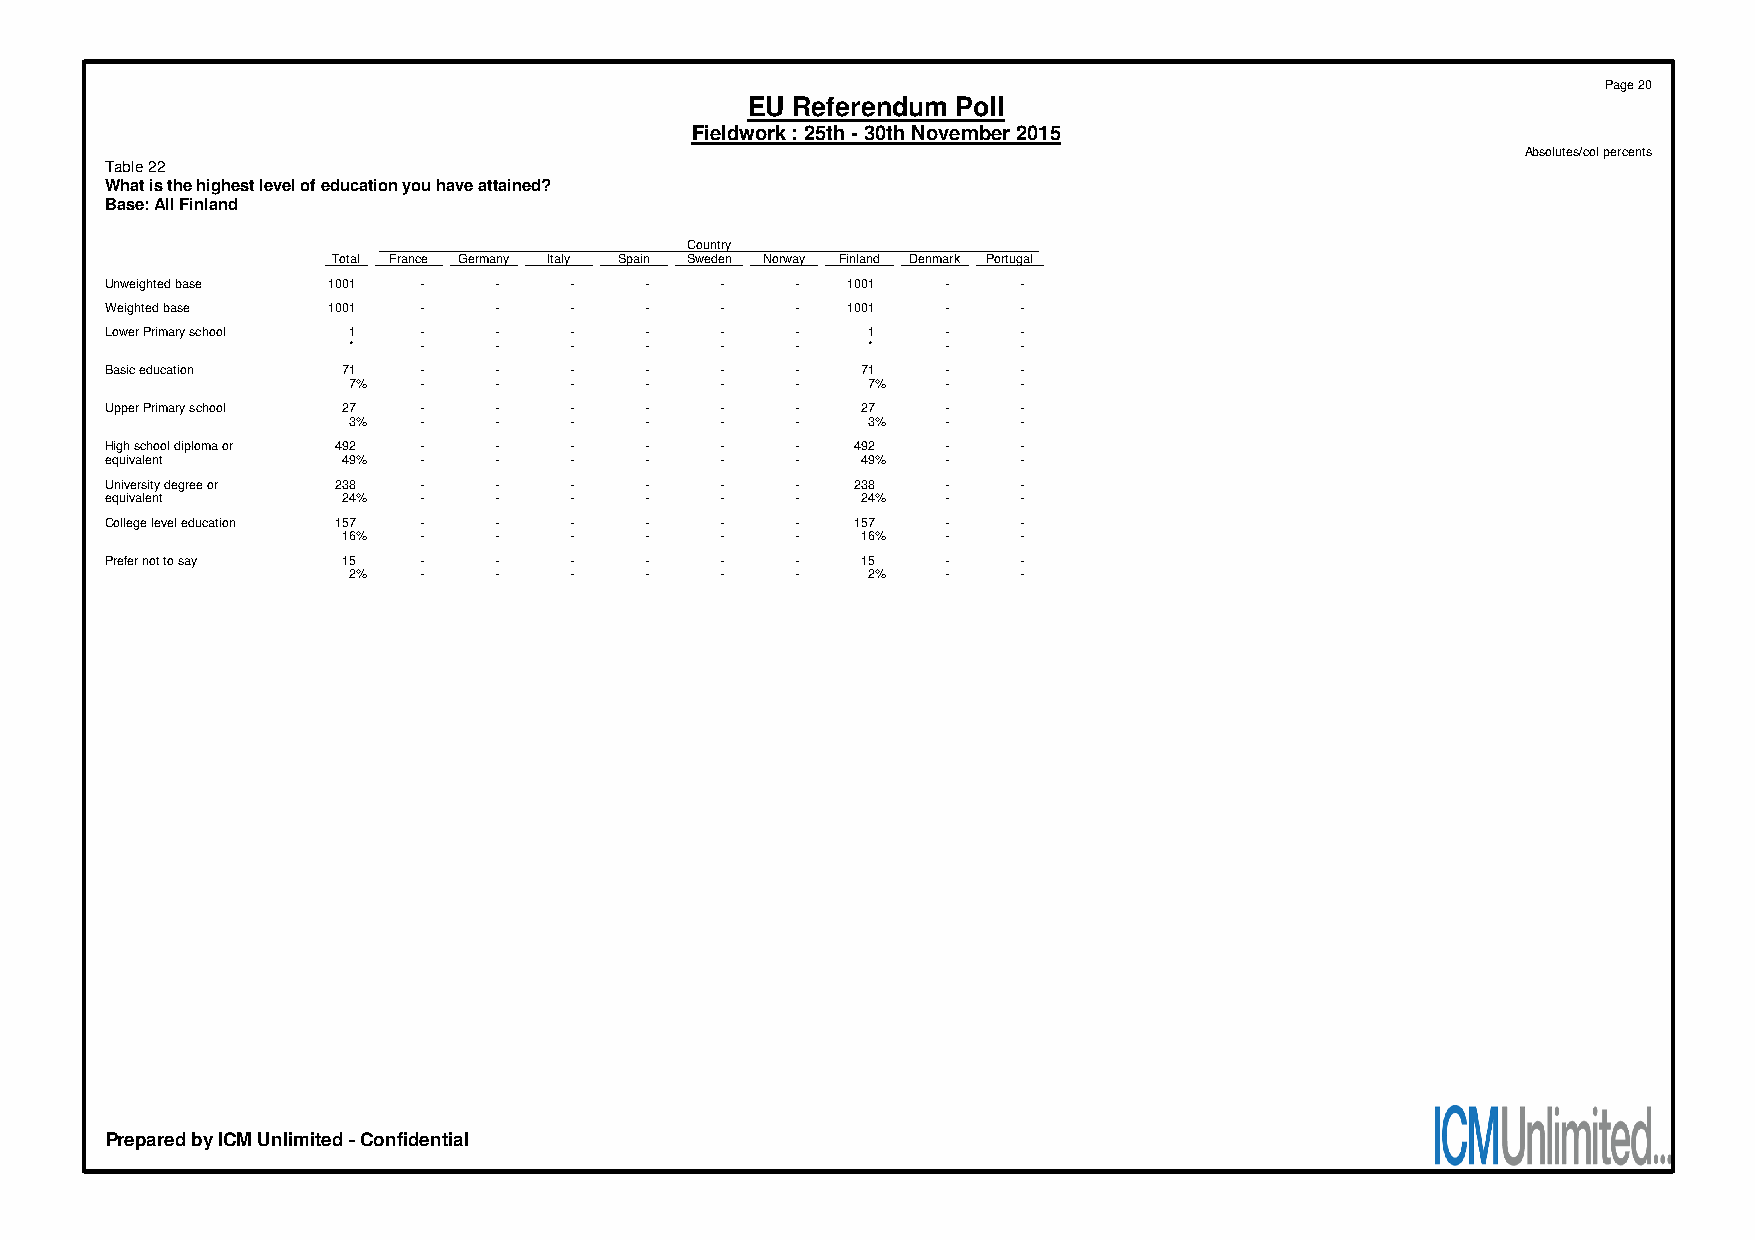
Page 20
 EU Referendum Poll
 Fieldwork : 25th - 30th November 2015
 Absolutes/col percents
 Table 22
 What is the highest level of education you have attained?
 Base: All Finland
 Country
 Total France Germany Italy Spain Sweden Norway Finland Denmark Portugal
 Unweighted base 1001 -    -    -    -    -    -  1001   -    -
 Weighted base  1001  -    -    -    -    -    -  1001   -    -
 Lower Primary school 1 -  -    -    -    -    -   1     -    -
 *    -    -    -    -    -    -   *     -    -
 Basic education 71   -    -    -    -    -    -   71    -    -
 7%   -    -    -    -    -    -   7%    -    -
 Upper Primary school 27 - -    -    -    -    -   27    -    -
 3%   -    -    -    -    -    -   3%    -    -
 High school diploma or 492 - - -    -    -    -  492    -    -
 equivalent      49%  -    -    -    -    -    -   49%   -    -
 University degree or 238 - -   -    -    -    -  238    -    -
 equivalent      24%  -    -    -    -    -    -   24%   -    -
 College level education 157 - - -   -    -    -  157    -    -
 16%  -    -    -    -    -    -   16%   -    -
 Prefer not to say 15 -    -    -    -    -    -   15    -    -
 2%   -    -    -    -    -    -   2%    -    -
 Prepared by ICM Unlimited - Confidential